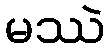
မဿဲ